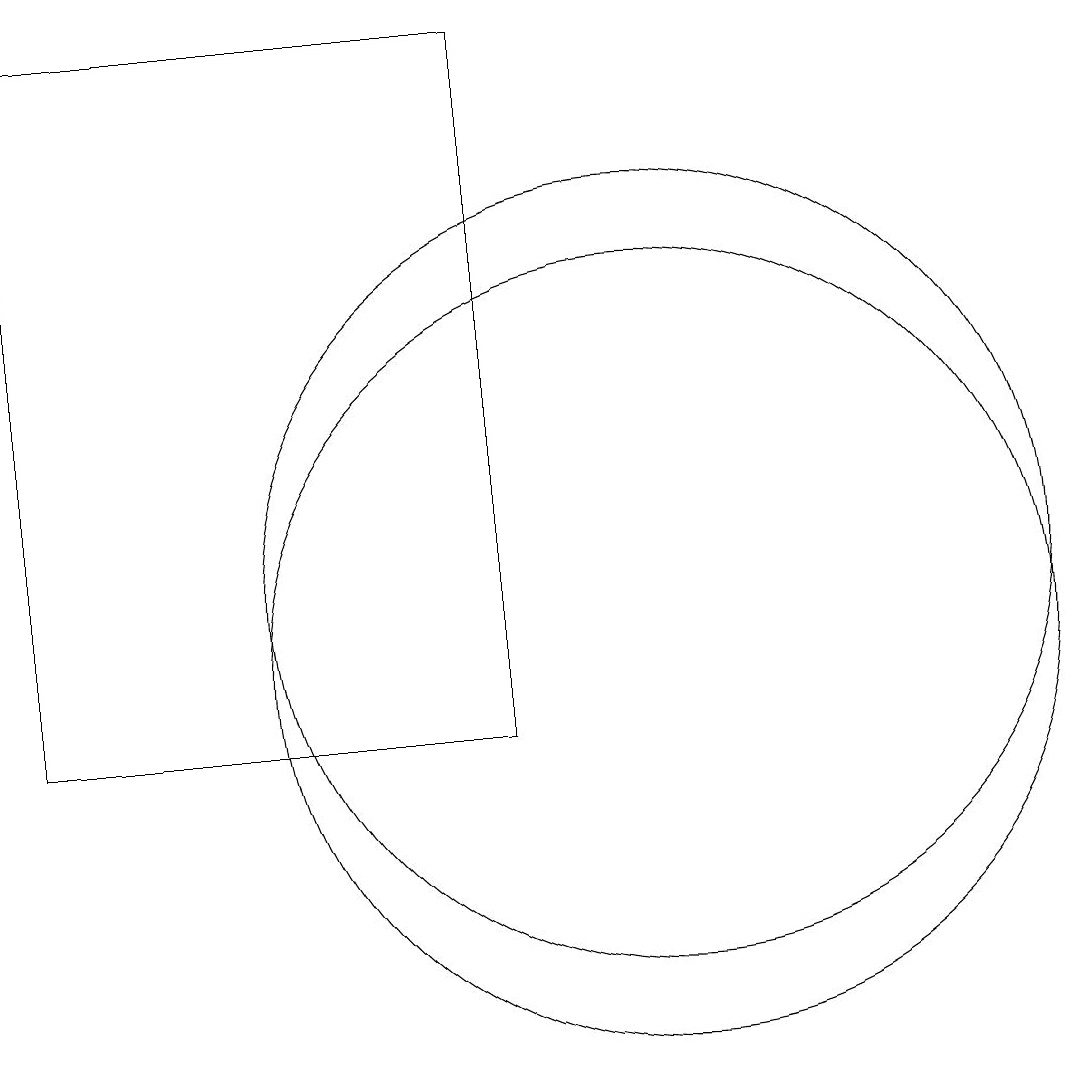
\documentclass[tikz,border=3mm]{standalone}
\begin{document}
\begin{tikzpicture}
\draw (10,12) circle (5);
\draw (10,11) circle (5);
\draw (8,10) rectangle (2,19);
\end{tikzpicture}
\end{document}